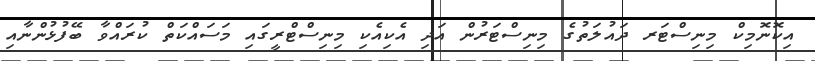
އިކޮނޮމިކް މިނިސްޓަރ ދައުލަތުގެ މިނިސްޓަރުން އަދި އެކިއެކި މިނިސްޓްރީގައި މަސައްކަތް ކުރައްވާ ބޭފުޅުންނާއި